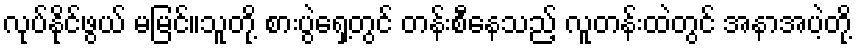
လုပ်နိုင်ဖွယ် မမြင်။သူတို့ စားပွဲရှေ့တွင် တန်းစီနေသည့် လူတန်းထဲတွင် အနာအပဲ့တို့